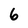
Character: 6